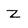
Character: Z